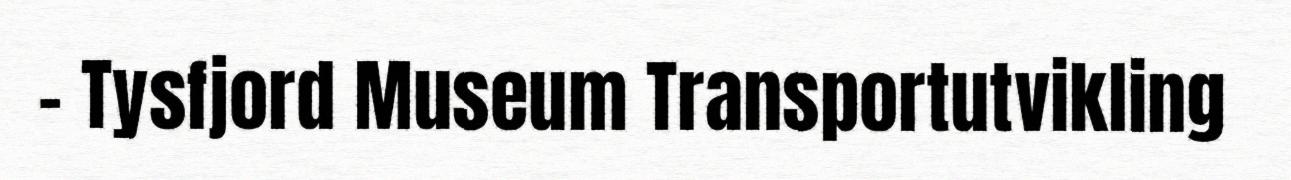
- Tysfjord Museum Transportutvikling